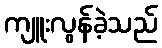
ကျူးလွန်ခဲ့သည်